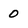
Character: 0